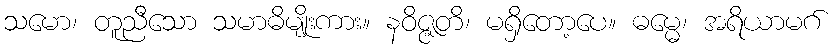
သမော၊ တူညီသော သမာဓိမျိုးကား။ နဝိဇ္ဇတိ၊ မရှိတော့ပေ။ ဓမ္မေ၊ အရိယာမဂ်